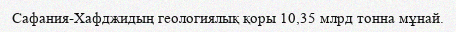
Сафания-Хафджидың геологиялық қоры 10,35 млрд тонна мұнай.